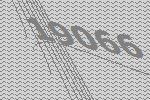
19066